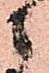
之